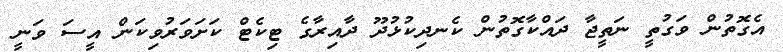
އެގޮތުން ވަގުތީ ނަތީޖާ ދައްކާގޮތުން ކެނދިކުޅުދޫ ދާއިރާގެ ޓިކެޓް ކަށަވަރުވިކަން އީސަ ވަނީ